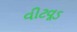
વીટવૂડ